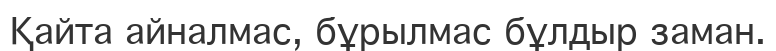
Қайта айналмас, бұрылмас бұлдыр заман.